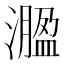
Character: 㵬